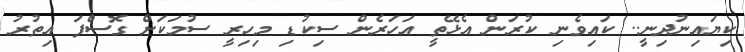
ކިޔައިނުދިނީ.. ކައިވެނި ކުރަން އެޅޭތީ އަހަރެން ސިކުޑި މިހިރީ ސުމަކަށް ގޮސްފަ އިތުރު